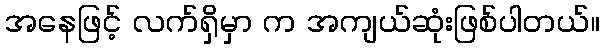
အနေဖြင့် လက်ရှိမှာ က အကျယ်ဆုံးဖြစ်ပါတယ်။